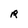
Character: R